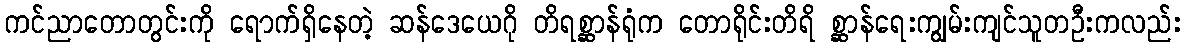
ကင်ညာတောတွင်းကို ရောက်ရှိနေတဲ့ ဆန်ဒေယေဂို တိရစ္ဆာန်ရုံက တောရိုင်းတိရိ စ္ဆာန်ရေးကျွမ်းကျင်သူတဦးကလည်း